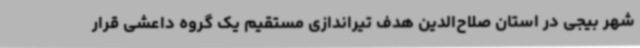
شهر بیجی در استان صلاح‌الدین هدف تیراندازی مستقیم یک گروه داعشی قرار